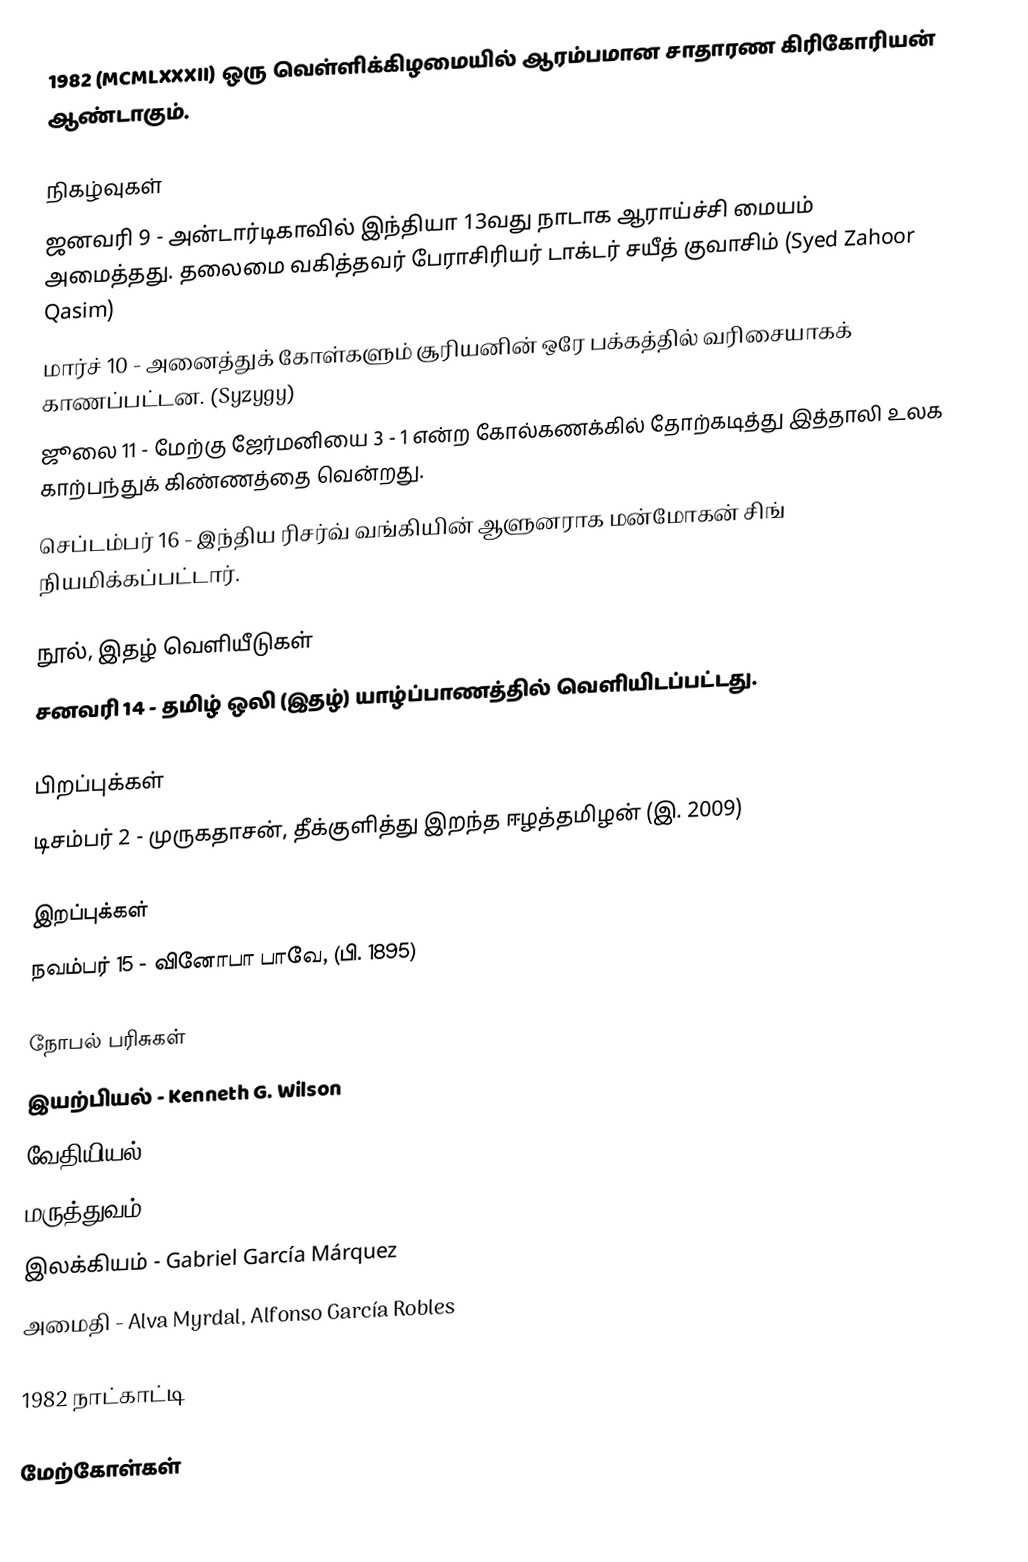
1982 (MCMLXXXII) ஒரு வெள்ளிக்கிழமையில் ஆரம்பமான சாதாரண கிரிகோரியன் ஆண்டாகும்.

நிகழ்வுகள்
 ஜனவரி 9 - அன்டார்டிகாவில் இந்தியா 13வது நாடாக ஆராய்ச்சி மையம் அமைத்தது. தலைமை வகித்தவர் பேராசிரியர் டாக்டர் சயீத் குவாசிம் (Syed Zahoor Qasim)
 மார்ச் 10 - அனைத்துக் கோள்களும் சூரியனின் ஒரே பக்கத்தில் வரிசையாகக் காணப்பட்டன. (Syzygy)
 ஜூலை 11 - மேற்கு ஜேர்மனியை 3 - 1 என்ற கோல்கணக்கில் தோற்கடித்து இத்தாலி உலக காற்பந்துக் கிண்ணத்தை வென்றது.
 செப்டம்பர் 16 - இந்திய ரிசர்வ் வங்கியின் ஆளுனராக மன்மோகன் சிங் நியமிக்கப்பட்டார்.

நூல், இதழ் வெளியீடுகள்
 சனவரி 14 - தமிழ் ஒலி (இதழ்) யாழ்ப்பாணத்தில் வெளியிடப்பட்டது.

பிறப்புக்கள்
 டிசம்பர் 2 - முருகதாசன், தீக்குளித்து இறந்த ஈழத்தமிழன் (இ. 2009)

இறப்புக்கள்
 நவம்பர் 15 - வினோபா பாவே, (பி. 1895)

நோபல் பரிசுகள்
 இயற்பியல் - Kenneth G. Wilson
 வேதியியல் - Aaron Klug
 மருத்துவம் - Sune K. Bergström, Bengt I. Samuelsson, John R. Vane
 இலக்கியம் - Gabriel García Márquez
 அமைதி - Alva Myrdal, Alfonso García Robles

1982 நாட்காட்டி

மேற்கோள்கள்